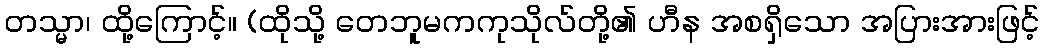
တသ္မာ၊ ထို့ကြောင့်။ (ထိုသို့ တေဘူမကကုသိုလ်တို့၏ ဟီန အစရှိသော အပြားအားဖြင့်